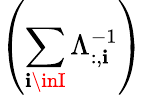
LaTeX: \left(\sum_{\mathbf{i}\inI}{\Lambda_{:,\mathbf{i}}^{-1}}\right)